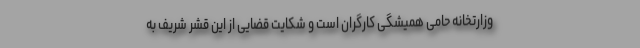
وزارتخانه حامی همیشگی کارگران است و شکایت قضایی از این قشر شریف به